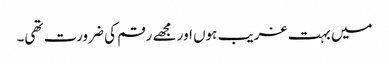
میں بہت غریب ہوں اور مجھے رقم کی ضرورت تھی۔